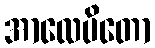
အာလေပိတော